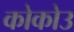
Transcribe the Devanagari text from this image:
कोकोउ